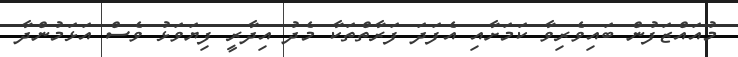
މުއައްޒަފުން ބައިވެރިވާ ކަމަށާއި އެފަދަ ފަރާތްތަކާ މެދު އިދާރީ ފިޔަވަޅު ވެސް އަޅަމުންދާ